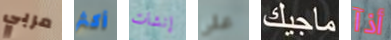
مربي أكثر إنشات علي ماجيك أذآ